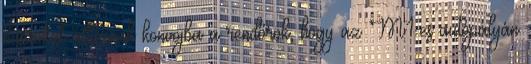
buszokat állítanak konvojba a rendőrök, hogy az M1-es autópályán